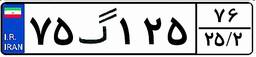
۷۵گ۱۲۵۷۶